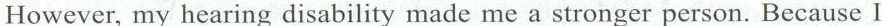
However, my hearing disability made me a stronger person. Because I